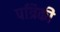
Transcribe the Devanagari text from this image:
पत्रिकी